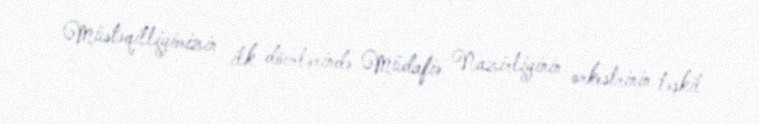
Müstəqilliyimizin ilk dövrlərində Müdafiə Nazirliyinin orkestrinin təşkil